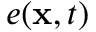
e ( \mathbf { x } , t )